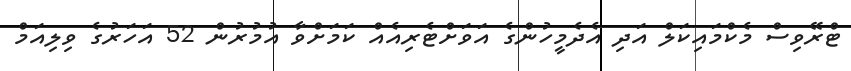
ޓްރޭވިސް މެކްމައިކަލް އަދި އެދެމީހުންގެ އަވަށްޓެރިއެއް ކަމަށްވާ އުމުރުން 52 އަހަރުގެ ވިލިއަމް